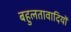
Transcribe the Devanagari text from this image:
बहुलतावादियों